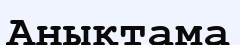
Анықтама